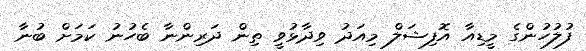
ފުލުހުންގެ މީޑިއާ އޮފިޝަލް މިއަދު ވިދާޅުވީ ތިން ދަރިންނާ ބެހުނު ކަމަށް ބުނާ